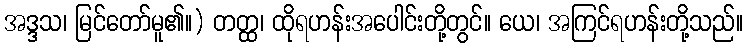
အဒ္ဒသ၊ မြင်တော်မူ၏။) တတ္ထ၊ ထိုရဟန်းအပေါင်းတို့တွင်။ ယေ၊ အကြင်ရဟန်းတို့သည်။